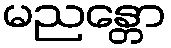
မညန္တော